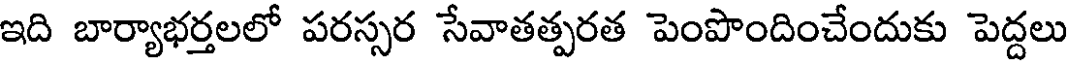
ఇది బార్యాభర్తలలో పరస్సర సేవాతత్పరత పెంపొందించేందుకు పెద్దలు